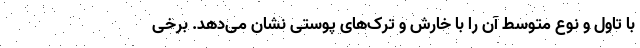
با تاول و نوع متوسط آن را با خارش و ترک‌های پوستی نشان می‌دهد. برخی